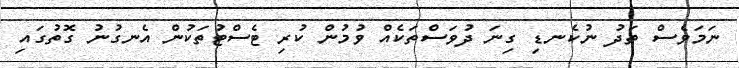
ނަމަވެސް ތަދު ނުކެނޑި ގިނަ ދުވަސްތަކެއް ވުމުން ކުރި ޓެސްޓުތަކުން އެނގުނު ގޮތުގައި